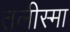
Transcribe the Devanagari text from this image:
तलीस्‍मा